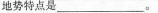
地势特点是___